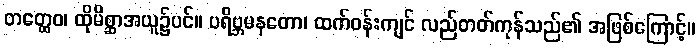
တတ္ထေဝ၊ ထိုမိစ္ဆာအယူ၌ပင်။ ပရိဗ္ဘမနတော၊ ထက်ဝန်းကျင် လည်တတ်ကုန်သည်၏ အဖြစ်ကြောင့်။